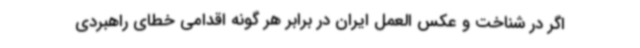
اگر در شناخت و عکس العمل ایران در برابر هر گونه اقدامی خطای راهبردی